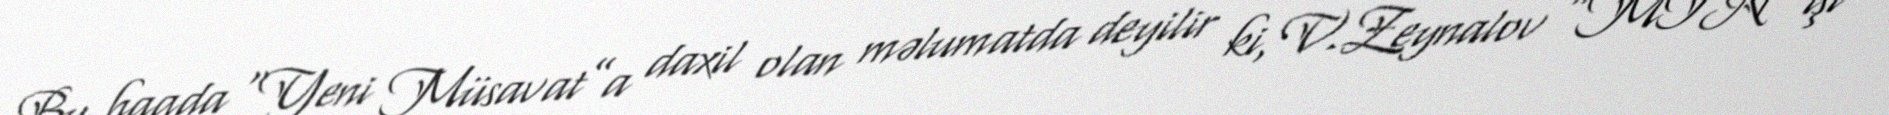
Bu haqda “Yeni Müsavat”a daxil olan məlumatda deyilir ki, V.Zeynalov “MTN işi”